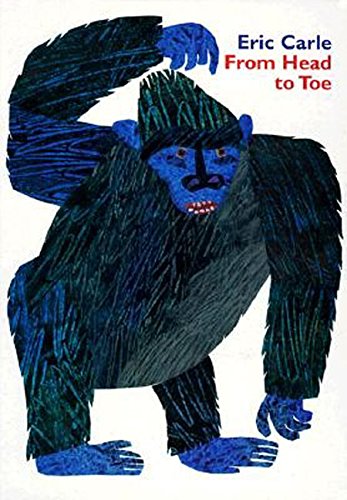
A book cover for From Head to Toe Board Book; Eric Carle; Health, Fitness & Dieting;